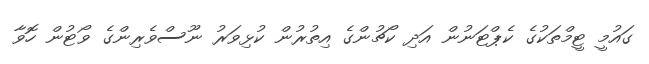
ގައުމީ ޓީމްތަކުގެ ކެޕްޓަނުން އަދި ކޯޗުންގެ އިތުރުން ކުޅިވަރު ނޫސްވެރިންގެ ވޯޓުން ހޮވާ